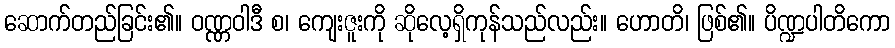
ဆောက်တည်ခြင်း၏။ ဝဏ္ဏဝါဒီ စ၊ ကျေးဇူးကို ဆိုလေ့ရှိကုန်သည်လည်း။ ဟောတိ၊ ဖြစ်၏။ ပိဏ္ဍပါတိကော